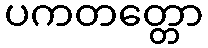
ပကတတ္တော